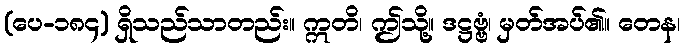
(ပေ-၁၈၄) ရှိသည်သာတည်း။ ဣတိ၊ ဤသို့။ ဒဋ္ဌဗ္ဗံ၊ မှတ်အပ်၏။ တေန၊